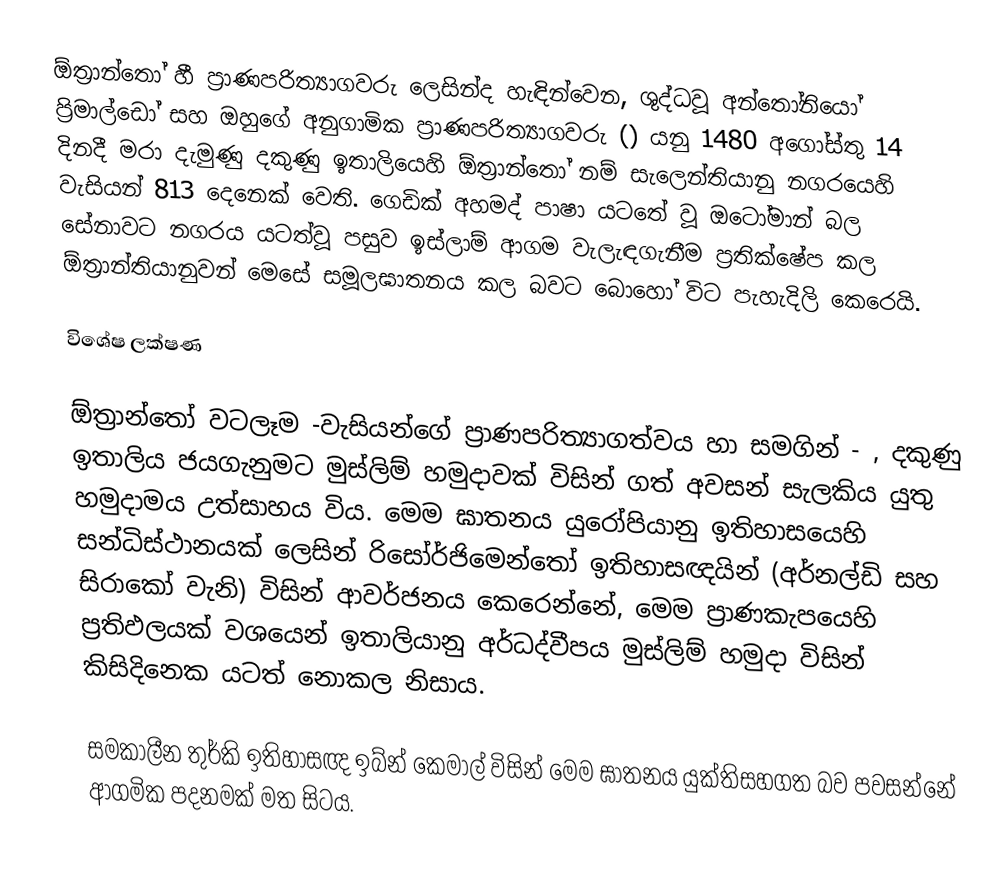
ඕත්‍රාන්තෝ හී ප්‍රාණපරිත්‍යාගවරු ලෙසින්ද හැඳින්වෙන, ශුද්ධවූ අන්තෝනියෝ ප්‍රිමාල්ඩෝ සහ ඔහුගේ අනුගාමික ප්‍රාණපරිත්‍යාගවරු () යනු 1480 අගෝස්තු 14 දිනදී මරා දැමුණු දකුණු ඉතාලියෙහි ඕත්‍රාන්තෝ නම්  සැලෙන්තියානු නගරයෙහි වැසියන්   813  දෙනෙක් වෙති. ගෙඩික් අහමද් පාෂා යටතේ වූ ඔටෝමාන් බල සේනාවට නගරය යටත්වූ පසුව ඉස්ලාම් ආගම වැලැඳගැනීම ප්‍රතික්ෂේප කල ඕත්‍රාන්තියානුවන් මෙසේ සමූලඝාතනය කල බවට බොහෝ විට පැහැදිලි කෙරෙයි.

විශේෂ ලක්ෂණ

ඕත්‍රාන්තෝ වටලෑම -වැසියන්ගේ ප්‍රාණපරිත්‍යාගත්වය හා සමගින් - , දකුණු ඉතාලිය ජයගැනුමට මුස්ලිම් හමුදාවක් විසින් ගත් අවසන් සැලකිය යුතු හමුදාමය උත්සාහය විය. මෙම ඝාතනය යුරෝපියානු ඉතිහාසයෙහි සන්ධිස්ථානයක් ලෙසින් රිසෝර්ජිමෙන්තෝ ඉතිහාසඥයින් (අර්නල්ඩි සහ සිරාකෝ වැනි) විසින් ආවර්ජනය කෙරෙන්නේ, මෙම ප්‍රාණකැපයෙහි ප්‍රතිඵලයක් වශයෙන් ඉතාලියානු අර්ධද්වීපය මුස්ලිම් හමුදා විසින් කිසිදිනෙක යටත් නොකල නිසාය.

සමකාලීන තුර්කි ඉතිහාසඥ ඉබ්න් කෙමාල් විසින් මෙම ඝාතනය යුක්තිසහගත බව පවසන්නේ ආගමික පදනමක් මත සිටය.